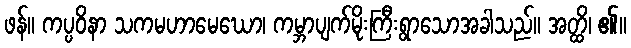
ဖန်။ ကပ္ပဝိနာ သကမဟာမေဃော၊ ကမ္ဘာပျက်မိုးကြီးရွာသောအခါသည်။ အတ္ထိ၊ ၏။